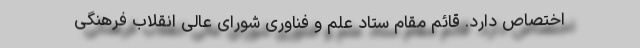
اختصاص دارد. قائم مقام ستاد علم و فناوری شورای عالی انقلاب فرهنگی